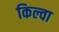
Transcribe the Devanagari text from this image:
किल्वा